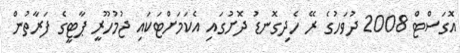
އޮގަސްޓް 2008 ދުވަހުގެ ރޭ ހެދިގޮނޑު ދޮށުގައި އެކަމަށްޓަކައި ޖުމުހޫރީ ޕާޓީގެ ފަރާތުން